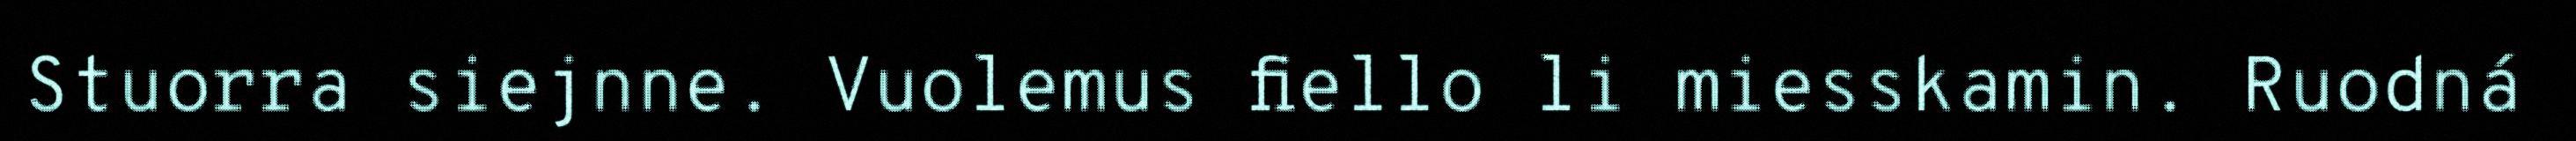
Stuorra siejnne. Vuolemus fiello li miesskamin. Ruodná